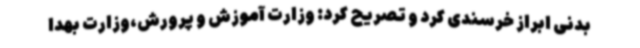
بدنی ابراز خرسندی کرد و تصریح کرد: وزارت آموزش و پرورش،وزارت بهدا